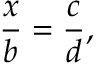
{ \frac { x } { b } } = { \frac { c } { d } } ,